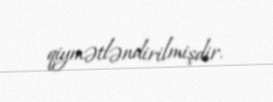
qiymətləndirilmişdir.